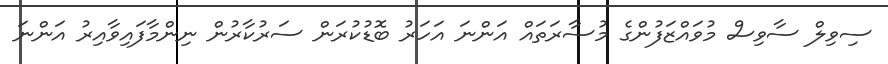
ސިވިލް ސާވިސް މުވައްޒަފުންގެ މުސާރަތައް އަންނަ އަހަރު ބޮޑުކުރަން ސަރުކާރުން ނިންމާފައިވާއިރު އަންނަ